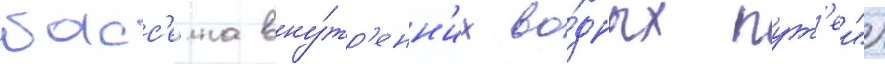
басс'еина вну́тр'енн'их во́дных пут'еи")